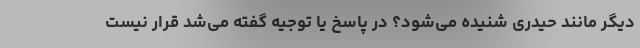
دیگر مانند حیدری شنیده می‌شود؟ در پاسخ یا توجیه گفته می‌شد قرار نیست